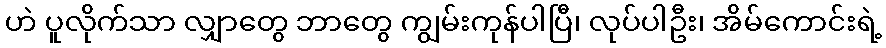
ဟဲ ပူလိုက်သာ လျှာတွေ ဘာတွေ ကျွမ်းကုန်ပါပြီ၊ လုပ်ပါဦး၊ အိမ်ကောင်းရဲ့